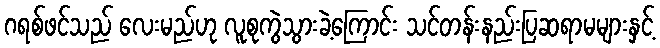
ဂရစ်ဖင်သည် လေးမည်ဟု လူစုကွဲသွားခဲ့ကြောင်း သင်တန်းနည်းပြဆရာမများနှင့်